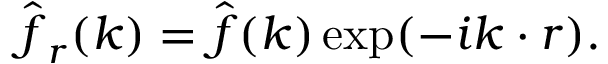
\hat { \boldsymbol f } _ { r } ( \boldsymbol k ) = \hat { \boldsymbol f } ( \boldsymbol k ) \exp ( - i \boldsymbol k \cdot \boldsymbol r ) .